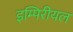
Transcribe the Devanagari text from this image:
इम्पिरीयल